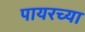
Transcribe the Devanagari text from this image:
पायरच्या